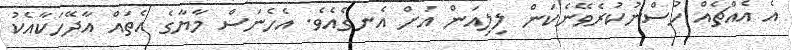
އެ އެއްޗެއް ހުސްނުކުރެވޭނެކަން ލިލިއަން އަށް އެނގެއެވެ. އެހެނަސް މާޔާގެ އެތައް އާދޭހަކާއެކު